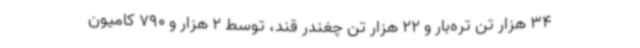
34 هزار تن تره‌بار و 22 هزار تن چغندر قند، توسط 2 هزار و 790 کامیون